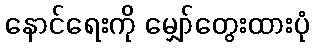
နောင်ရေးကို မျှော်တွေးထားပုံ